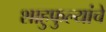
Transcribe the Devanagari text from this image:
शाहुफुल्यांचे